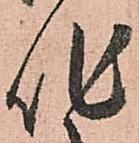
作